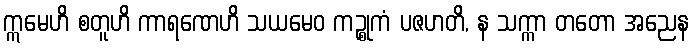
ဣမေဟိ စတူဟိ ကာရဏေဟိ သယမေဝ ကဉ္စုကံ ပဇဟတိ, န သက္ကာ တတော အညေန